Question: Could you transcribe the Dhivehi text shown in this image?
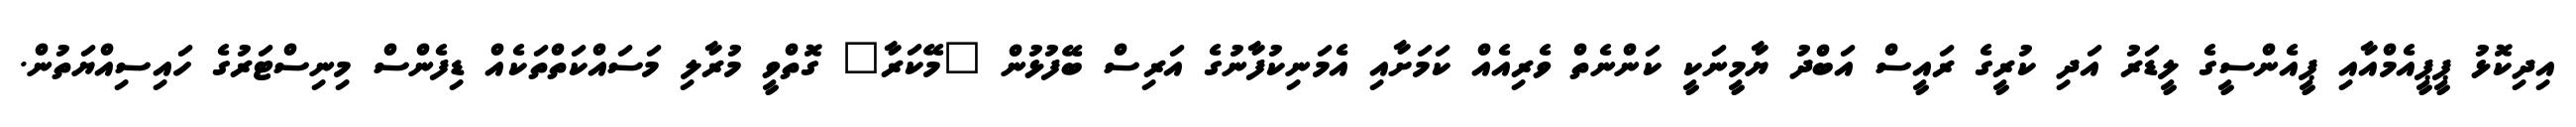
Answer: އިދިކޮޅު ޕީޕީއެމްއާއި ޕީއެންސީގެ ލީޑަރު އަދި ކުރީގެ ރައީސް އަބްދު ޔާމީނަކީ ކަންނެތް ވެރިއެއް ކަމަށާއި އެމަނިކުފާނުގެ އަރިސް ބޭފުޅުން "މޭކަރާ" ގޮތްވީ މުރާލި މަސައްކަތްތަކެއް ޑިފެންސް މިނިސްޓަރުގެ ހައިސިއްޔަތުން.